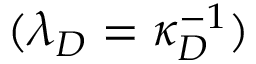
( \lambda _ { D } = \kappa _ { D } ^ { - 1 } )